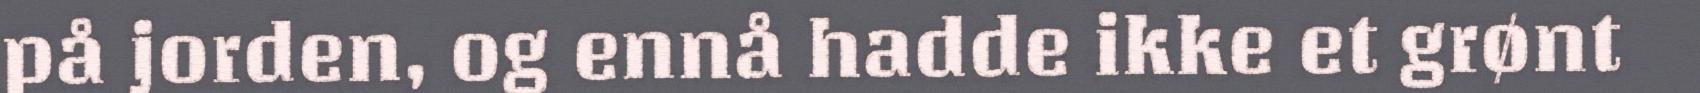
på jorden, og ennå hadde ikke et grønt